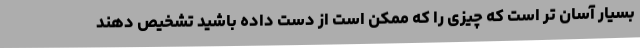
بسیار آسان تر است که چیزی را که ممکن است از دست داده باشید تشخیص دهند